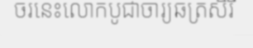
ចរនេះលោកបូជាចារ្យឆត្រសិរី